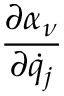
\frac { \partial \alpha _ { \nu } } { \partial { \dot { q } } _ { j } }